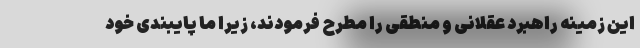
این زمینه راهبرد عقلانی و منطقی را مطرح فرمودند، زیرا ما پایبندی خود